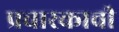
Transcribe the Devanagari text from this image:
प्रचारकाची